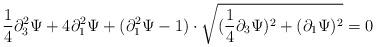
LaTeX: \begin{align*}\frac{1}{4} \partial ^2 _3 \Psi+4\partial^2 _1\Psi +(\partial ^2_1\Psi -1)\cdot\sqrt{(\frac{1}{4}\partial _3 \Psi )^2+(\partial_1 \Psi)^2}=0\end{align*}